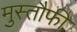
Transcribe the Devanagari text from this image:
मुस्तौफी